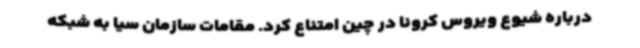
درباره شیوع ویروس کرونا در چین امتناع کرد. مقامات سازمان سیا به شبکه